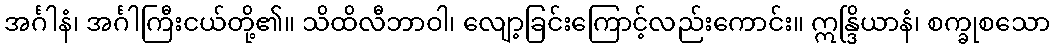
အင်္ဂါနံ၊ အင်္ဂါကြီးငယ်တို့၏။ သိထိလီဘာဝါ၊ လျော့ခြင်းကြောင့်လည်းကောင်း။ ဣန္ဒြိယာနံ၊ စက္ခုစသော